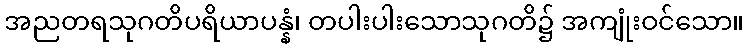
အညတရသုဂတိပရိယာပန္နံ၊ တပါးပါးသောသုဂတိ၌ အကျုံးဝင်သော။